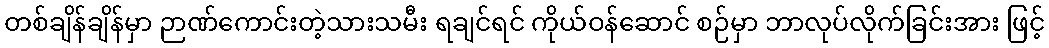
တစ်ချိန်ချိန်မှာ ဉာဏ်ကောင်းတဲ့သားသမီး ရချင်ရင် ကိုယ်ဝန်ဆောင် စဉ်မှာ ဘာလုပ်လိုက်ခြင်းအား ဖြင့်